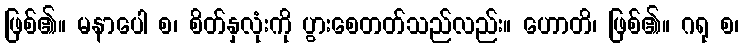
ဖြစ်၏။ မနာပေါ စ၊ စိတ်နှလုံးကို ပွားစေတတ်သည်လည်း။ ဟောတိ၊ ဖြစ်၏။ ဂရု စ၊